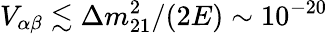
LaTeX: V_{\alpha\beta}\lesssim\Delta m_{21}^{2}/(2E)\sim 10^{-20}